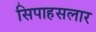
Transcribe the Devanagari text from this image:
सिपाहसलार